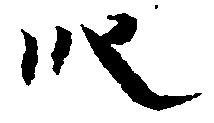
段